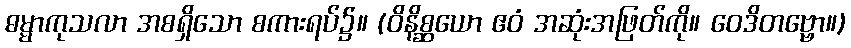
ဓမ္မာကုသလာ အစရှိသော စကားရပ်၌။ (ဝိနိစ္ဆယော ဧဝံ အဆုံးအဖြတ်ကို။ ဝေဒိတဗ္ဗော။)